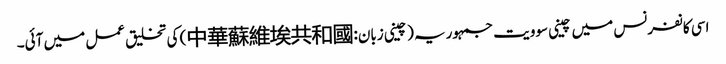
اسی کانفرنس میں چینی سوویت جمہوریہ (چینی زبان:中華蘇維埃共和國) کی تخلیق عمل میں آئی۔